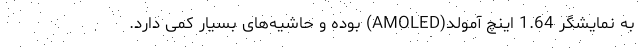
به نمایشگر 1.64 اینچ آمولد(AMOLED) بوده و حاشیه‌های بسیار کمی دارد.